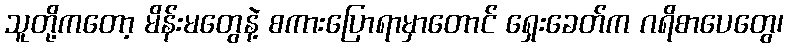
သူတို့ကတော့ မိန်းမတွေနဲ့ စကားပြောရာမှာတောင် ရှေးခေတ်က ဂရိစာပေတွေ၊